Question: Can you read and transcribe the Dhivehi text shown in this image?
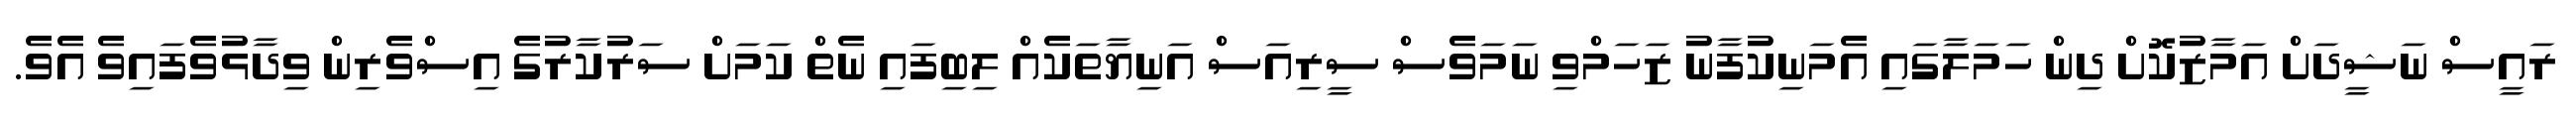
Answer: ރައީސް ނަޝީދަށް އަމާޒުކޮށް ދިން ހަމަލާގައި އެމަނިކުފާނު ޒަހަމްވި ނަމަވެސް ސީރިއަސް އަނިޔާތަކެއް ލިބިފައި ނެތް ކަމަށް ސަރުކާރުގެ އިސްވެރިން ވިދާޅުވެފައިވެ އެވެ.